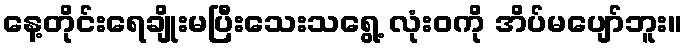
နေ့တိုင်းရေချိုးမပြီးသေးသရွေ့ လုံးဝကို အိပ်မပျော်ဘူး။